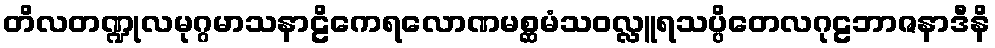
တိလတဏ္ဍုလမုဂ္ဂမာသနာဠိကေရလောဏမစ္ဆမံသဝလ္လူရသပ္ပိတေလဂုဠဘာဇနာဒီနိ